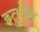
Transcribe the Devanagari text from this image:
इतुदेस